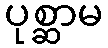
ပုစ္ဆာမ